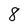
Character: 8